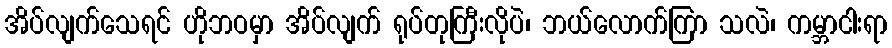
အိပ်လျက်သေရင် ဟိုဘဝမှာ အိပ်လျက် ရုပ်တုကြီးလိုပဲ၊ ဘယ်လောက်ကြာ သလဲ၊ ကမ္ဘာငါးရာ